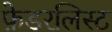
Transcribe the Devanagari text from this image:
फ़ेडरलिस्ट